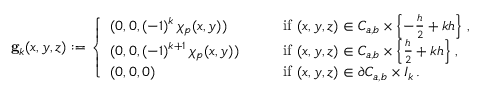
{ \bf g } _ { k } ( x , y , z ) : = \left\{ \begin{array} { l l } { ( 0 , 0 , ( - 1 ) ^ { k } \, \chi _ { p } ( x , y ) ) } & { \qquad \mathrm { i f ~ } ( x , y , z ) \in C _ { a , b } \times \left\{ - \frac h 2 + k h \right\} \, , } \\ { ( 0 , 0 , ( - 1 ) ^ { k + 1 } \, \chi _ { p } ( x , y ) ) } & { \qquad \mathrm { i f ~ } ( x , y , z ) \in C _ { a , b } \times \left\{ \frac h 2 + k h \right\} \, , } \\ { ( 0 , 0 , 0 ) } & { \qquad \mathrm { i f ~ } ( x , y , z ) \in \partial C _ { a , b } \times I _ { k } \, . } \end{array} \right.